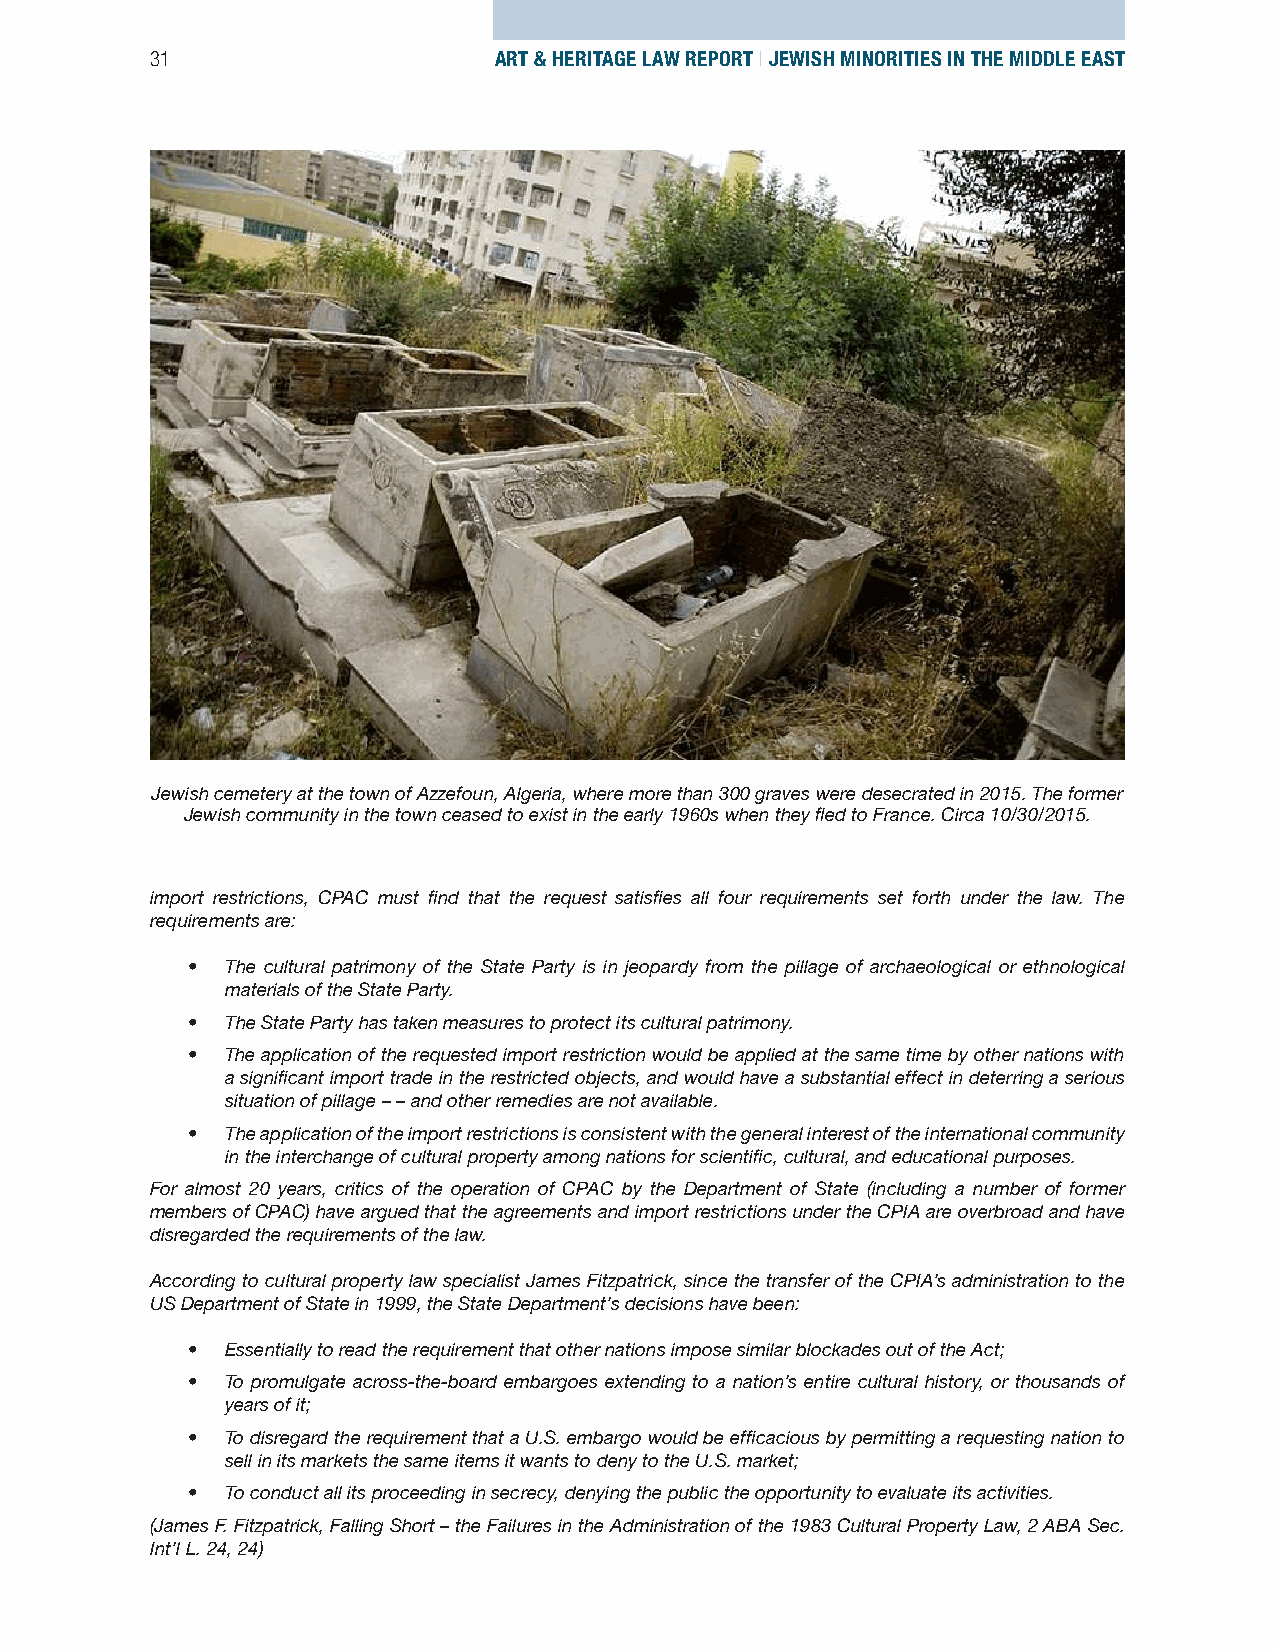
31                     ART & HERITAGE LAW REPORT | JEWISH MINORITIES IN THE MIDDLE EAST
 Jewish cemetery at the town of Azzefoun, Algeria, where more than 300 graves were desecrated in 2015. The former
 Jewish community in the town ceased to exist in the early 1960s when they fled to France. Circa 10/30/2015.
 import restrictions, CPAC must find that the request satisfies all four requirements set forth under the law. The
 requirements are:
 •  The cultural patrimony of the State Party is in jeopardy from the pillage of archaeological or ethnological
 materials of the State Party.
 •  The State Party has taken measures to protect its cultural patrimony.
 •  The application of the requested import restriction would be applied at the same time by other nations with
 a significant import trade in the restricted objects, and would have a substantial effect in deterring a serious
 situation of pillage – – and other remedies are not available.
 •  The application of the import restrictions is consistent with the general interest of the international community
 in the interchange of cultural property among nations for scientific, cultural, and educational purposes.
 For almost 20 years, critics of the operation of CPAC by the Department of State (including a number of former
 members of CPAC) have argued that the agreements and import restrictions under the CPIA are overbroad and have
 disregarded the requirements of the law.
 According to cultural property law specialist James Fitzpatrick, since the transfer of the CPIA’s administration to the
 US Department of State in 1999, the State Department’s decisions have been:
 •  Essentially to read the requirement that other nations impose similar blockades out of the Act;
 •  To promulgate across-the-board embargoes extending to a nation’s entire cultural history, or thousands of
 years of it;
 •  To disregard the requirement that a U.S. embargo would be efficacious by permitting a requesting nation to
 sell in its markets the same items it wants to deny to the U.S. market;
 •  To conduct all its proceeding in secrecy, denying the public the opportunity to evaluate its activities.
 (James F. Fitzpatrick, Falling Short – the Failures in the Administration of the 1983 Cultural Property Law, 2 ABA Sec.
 Int’l L. 24, 24)